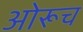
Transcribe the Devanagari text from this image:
ओरूच